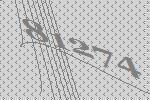
81274